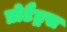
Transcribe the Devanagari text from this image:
प्रोटैड्रस